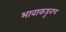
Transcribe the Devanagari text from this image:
भावाकडूनच